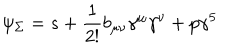
\psi _ { \Sigma } = s + \frac { 1 } { 2 ! } b _ { \mu \nu } \gamma ^ { \mu } \gamma ^ { \nu } + p \gamma ^ { 5 }